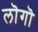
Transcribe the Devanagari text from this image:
लॊगॊ